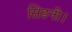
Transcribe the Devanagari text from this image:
सिडनी।